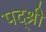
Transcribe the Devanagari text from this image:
पद्श्री